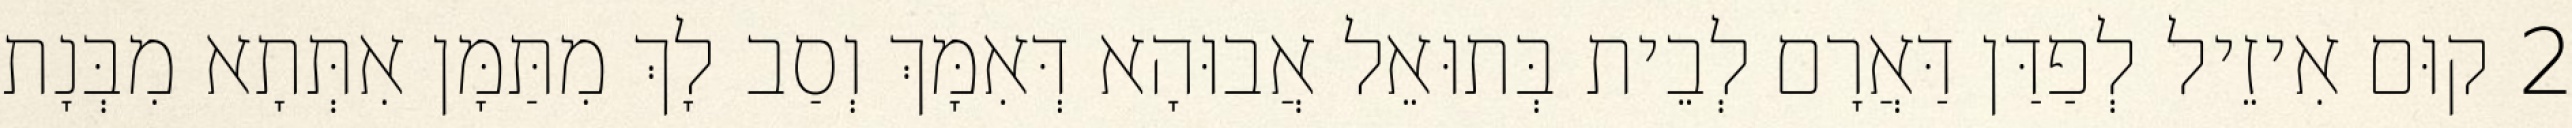
2 קוּם אִיזֵיל לְפַדַּן דַּאֲרָם לְבֵית בְּתוּאֵל אֲבוּהָא דְּאִמָּךְ וְסַב לָךְ מִתַּמָּן אִתְּתָא מִבְּנָת